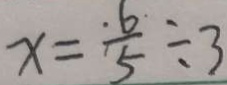
x = \frac { 6 } { 5 } \div 3